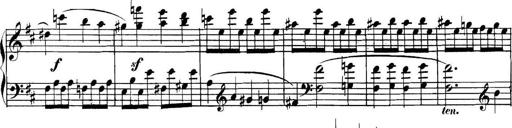
Title: Collected Piano Sonatas
Composer: Muzio Clementi